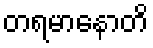
တရမာနောတိ